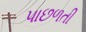
પાછળતી